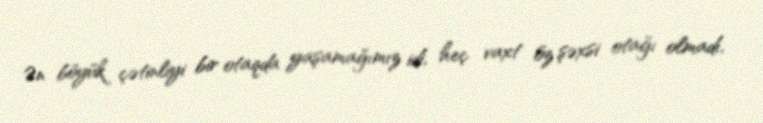
Ən böyük çətinliyi bir otaqda yaşamağımız idi, heç vaxt öz şəxsi otağı olmadı,